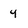
Character: 4